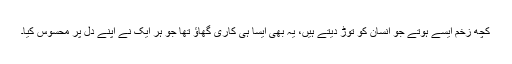
کچھ زخم ایسے ہوتے جو انسان کو توڑ دیتے ہیں، یہ بھی ایسا ہی کاری گھاؤ تھا جو ہر ایک نے اپنے دل پر محسوس کیا۔